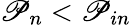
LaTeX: \mathscr{P}_{n}<\mathscr{P}_{in}